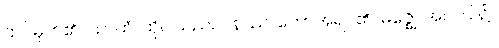
ထင်မှတ်၏။ သာဟံ၊ ထိုငါသည်။ ဝနဿ၊ တောအရပ်၏။ မဇ္ဈေ၊ အလယ်၌။